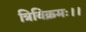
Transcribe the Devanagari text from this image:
त्रिविक्रमः।।